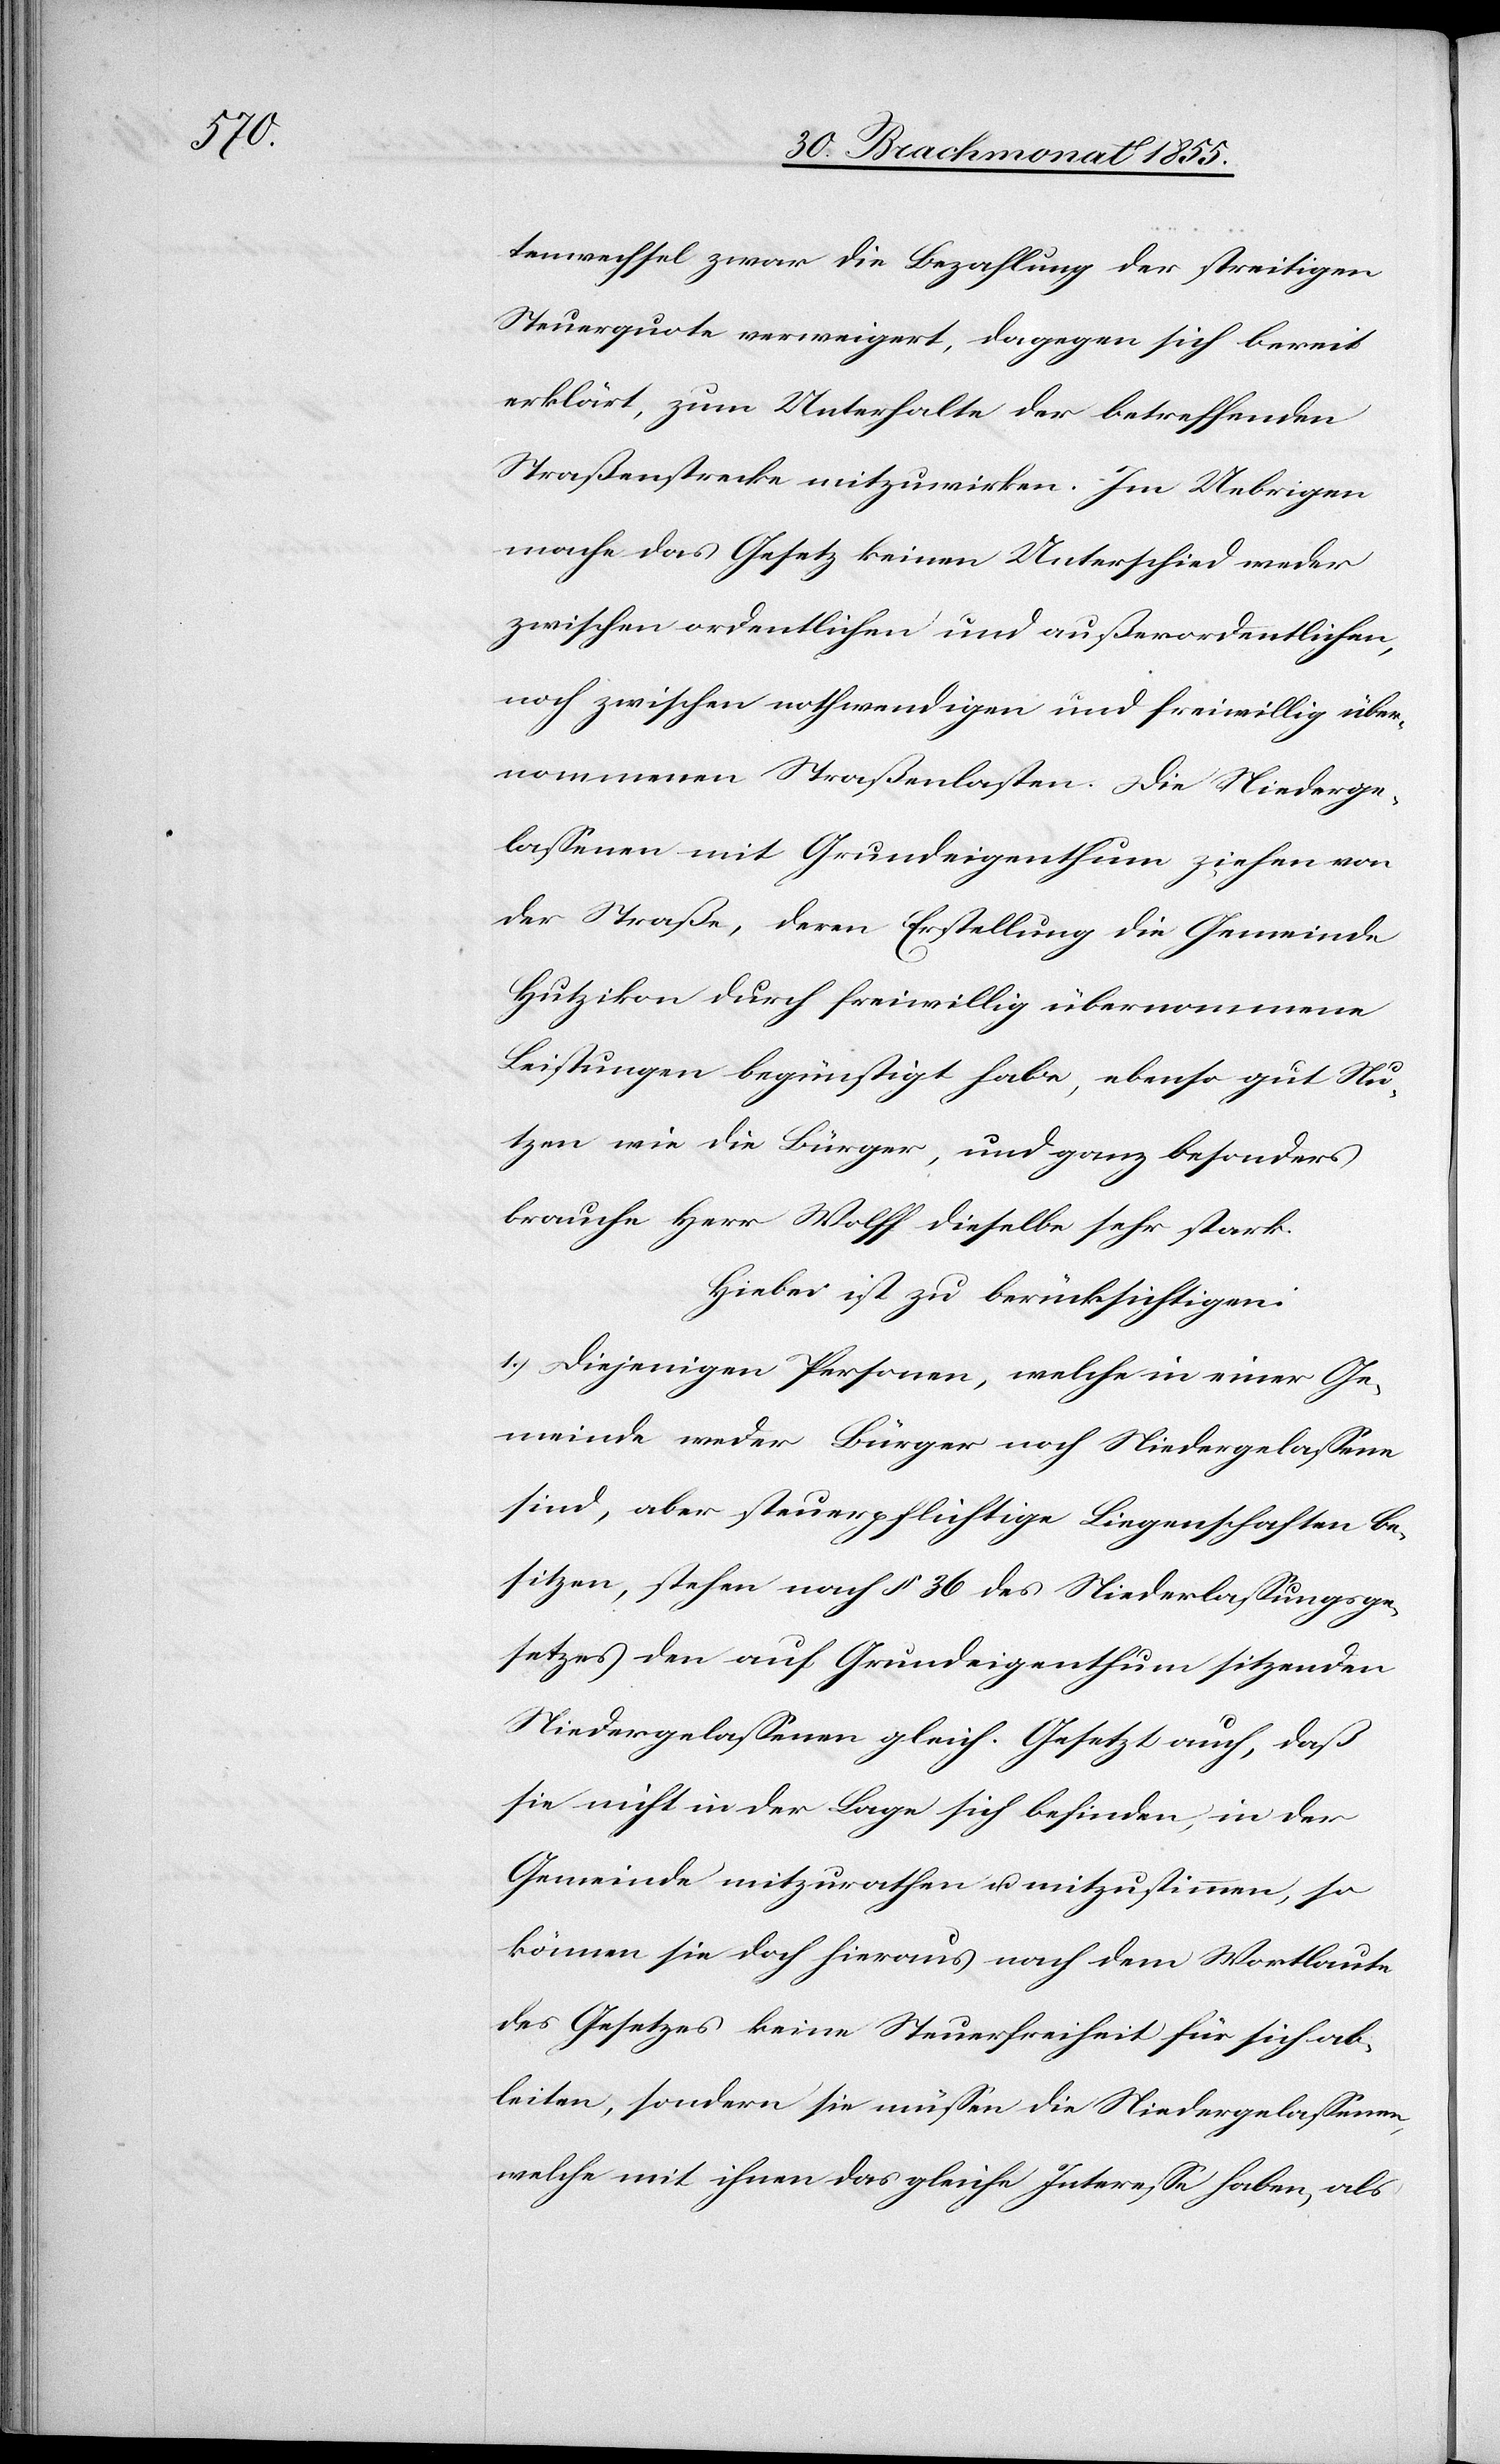
tenwechsel zwar die Bezahlung der streitigen
Steuerquote verweigert, dagegen sich bereit
erklärt, zum Unterhalte der betreffenden
Straßenstrecke mitzuwirken. Im Uebrigen
mache das Gesetz keinen Unterschied weder
zwischen ordentlichen und außerordentlichen,
noch zwischen nothwendigen und freiwillig über¬
nommenen Straßenlasten. Die Niederge¬
lassenen mit Grundeigenthum ziehen von
der Straße, deren Erstellung die Gemeinde
Hutzikon durch freiwillig übernommene
Leistungen begünstigt habe, ebenso gut Nu¬
tzen wie die Bürger, und ganz besonders
brauche Herr Wolff dieselbe sehr stark.
Hiebei ist zu berücksichtigen:
1.) Diejenigen Personen, welche in einer Ge¬
meinde weder Bürger noch Niedergelassene
sind, aber steuerpflichtige Liegenschaften be¬
sitzen, stehen nach § 36 des Niederlassungsge¬
setzes den auf Grundeigenthum sitzenden
Niedergelassenen gleich. Gesetzt auch, daß
sie nicht in der Lage sich befinden, in der
Gemeinde mitzurathen u. mitzustimmen, so
können sie doch hieraus nach dem Wortlaute
des Gesetzes keine Steuerfreiheit für sich ab¬
leiten, sondern sie müssen die Niedergelassenen,
welche mit ihnen das gleiche Interesse haben, als